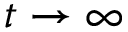
t \rightarrow \infty